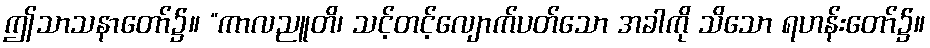
ဤသာသနာတော်၌။ “ကာလညူတိ၊ သင့်တင့်လျောက်ပတ်သော အခါကို သိသော ရဟန်းတော်၌။